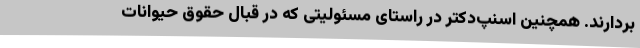
بردارند. همچنین اسنپ‌دکتر در راستای مسئولیتی که در قبال حقوق حیوانات